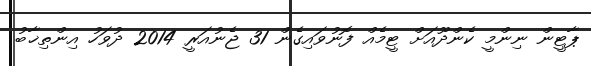
ޕާޓީން ނިންމީ ކެންދޫއަށް ޓީމެއް ފޮނުވައިގެން 31 ޖެނުއަރީ 2014 ދުވަހު އިންތިޚާބު